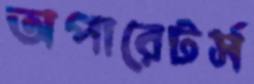
অপারেটর্স